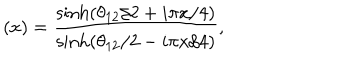
( x ) = \frac { \sinh \left( \theta _ { 1 2 } / 2 + i \pi x / 4 \right) } { \sinh \left( \theta _ { 1 2 } / 2 - i \pi x / 4 \right) } , \nonumber